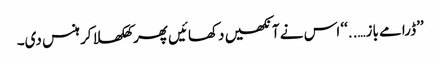
’’ڈرامے باز…..‘‘ اس نے آنکھیں دکھائیں پھر کھلکھلا کر ہنس دی۔